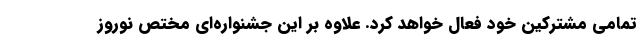
تمامی مشترکین خود فعال خواهد کرد. علاوه بر این جشنواره‌ای مختص نوروز